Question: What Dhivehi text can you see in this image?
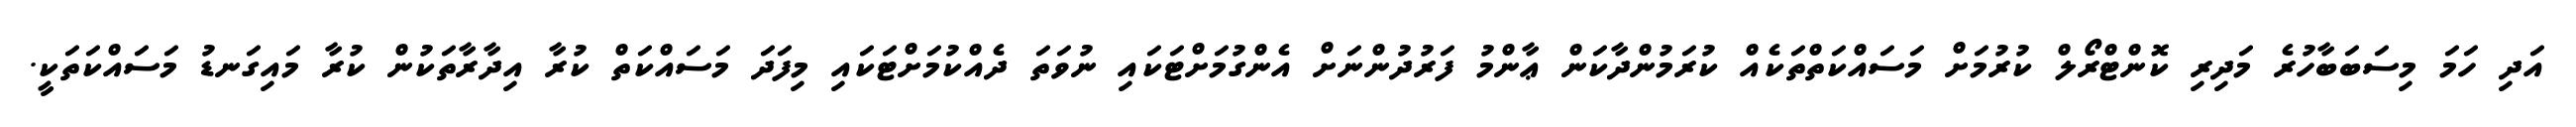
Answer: އަދި ހަމަ މިސަބަބާހުރެ މަދިރި ކޮންޓްރޯލް ކުރުމަށް މަސައްކަތްތަކެއް ކުރަމުންދާކަން ޢާންމު ފަރުދުންނަށް އެންގުމަށްޓަކައި ނުވަތަ ދެއްކުމަށްޓަކައި މިފަދަ މަސައްކަތް ކުރާ އިދާރާތަކުން ކުރާ މައިގަނޑު މަސައްކަތަކީ.